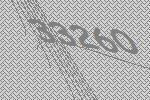
33260